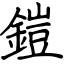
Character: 鎧